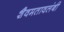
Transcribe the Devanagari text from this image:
शैवमतावलंबी